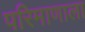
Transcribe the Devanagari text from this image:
परिमाणाला